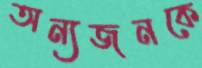
অন্যজনকে